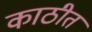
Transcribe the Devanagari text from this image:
काठीत